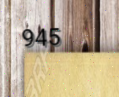
945